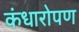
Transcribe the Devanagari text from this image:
कंधारोपण